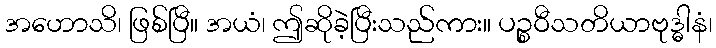
အဟောသိ၊ ဖြစ်ပြီ။ အယံ၊ ဤဆိုခဲ့ပြီးသည်ကား။ ပဉ္စဝီသတိယာဗုဒ္ဓါနံ၊